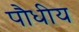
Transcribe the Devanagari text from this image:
पौधीय